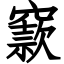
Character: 窾